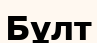
Бұлт